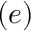
( e )